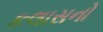
કલાસનો